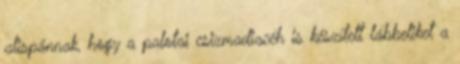
alispánnak, hogy a palotai csizmadiacéh is készített lábbeliket a